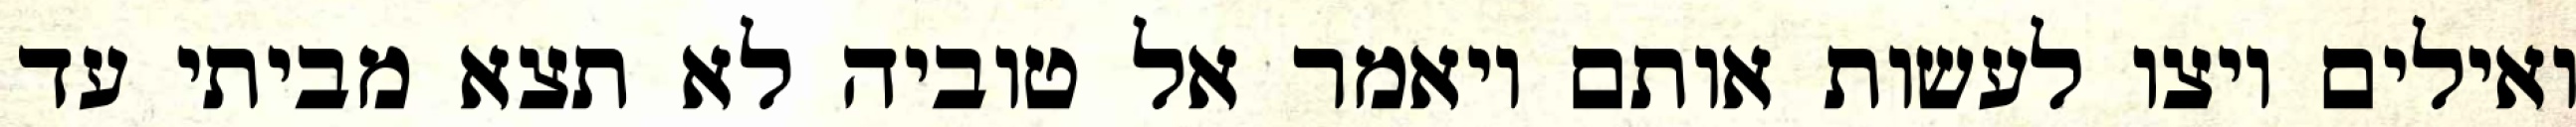
ואילים ויצו לעשות אותם ויאמר אל טוביה לא תצא מביתי עד